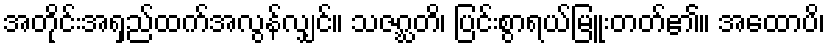
အတိုင်းအရှည်ထက်အလွန်လျှင်။ သဇဂ္ဃတိ၊ ပြင်းစွာရယ်မြူးတတ်၏။ အထောပိ၊